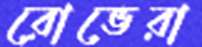
রোভেরা